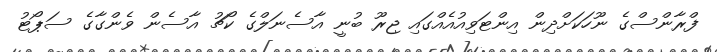
ފްރާންސްގެ ނޫހަކަށްދިން އިންޓަވިއުއެއްގައި ޖިރޫ ބުނީ އާސެނަލްގެ ކޯޗު އާސެން ވެންގާގެ ސަޕޯޓު